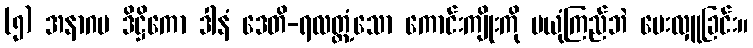
(၅) အနာဂမ ဒိဋ္ဌိကော ဒါနံ ဒေတိ-ရလတ္တံ့သော ကောင်းကျိုးကို မယုံကြည်ဘဲ ပေးလှူခြင်း။